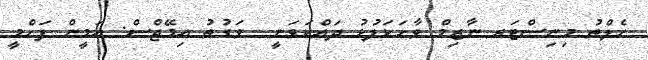
ހެލްތު މިނިސްޓަރ ނާޒިމް ވާހަކަފުޅު ދައްކަވަނީ  ވަގުތު އިމޭޖްސް: އަމީން ފަހްމީ